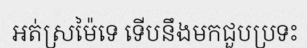
អត់ស្រម៉ៃទេ ទើបនឹងមកជួបប្រទះ